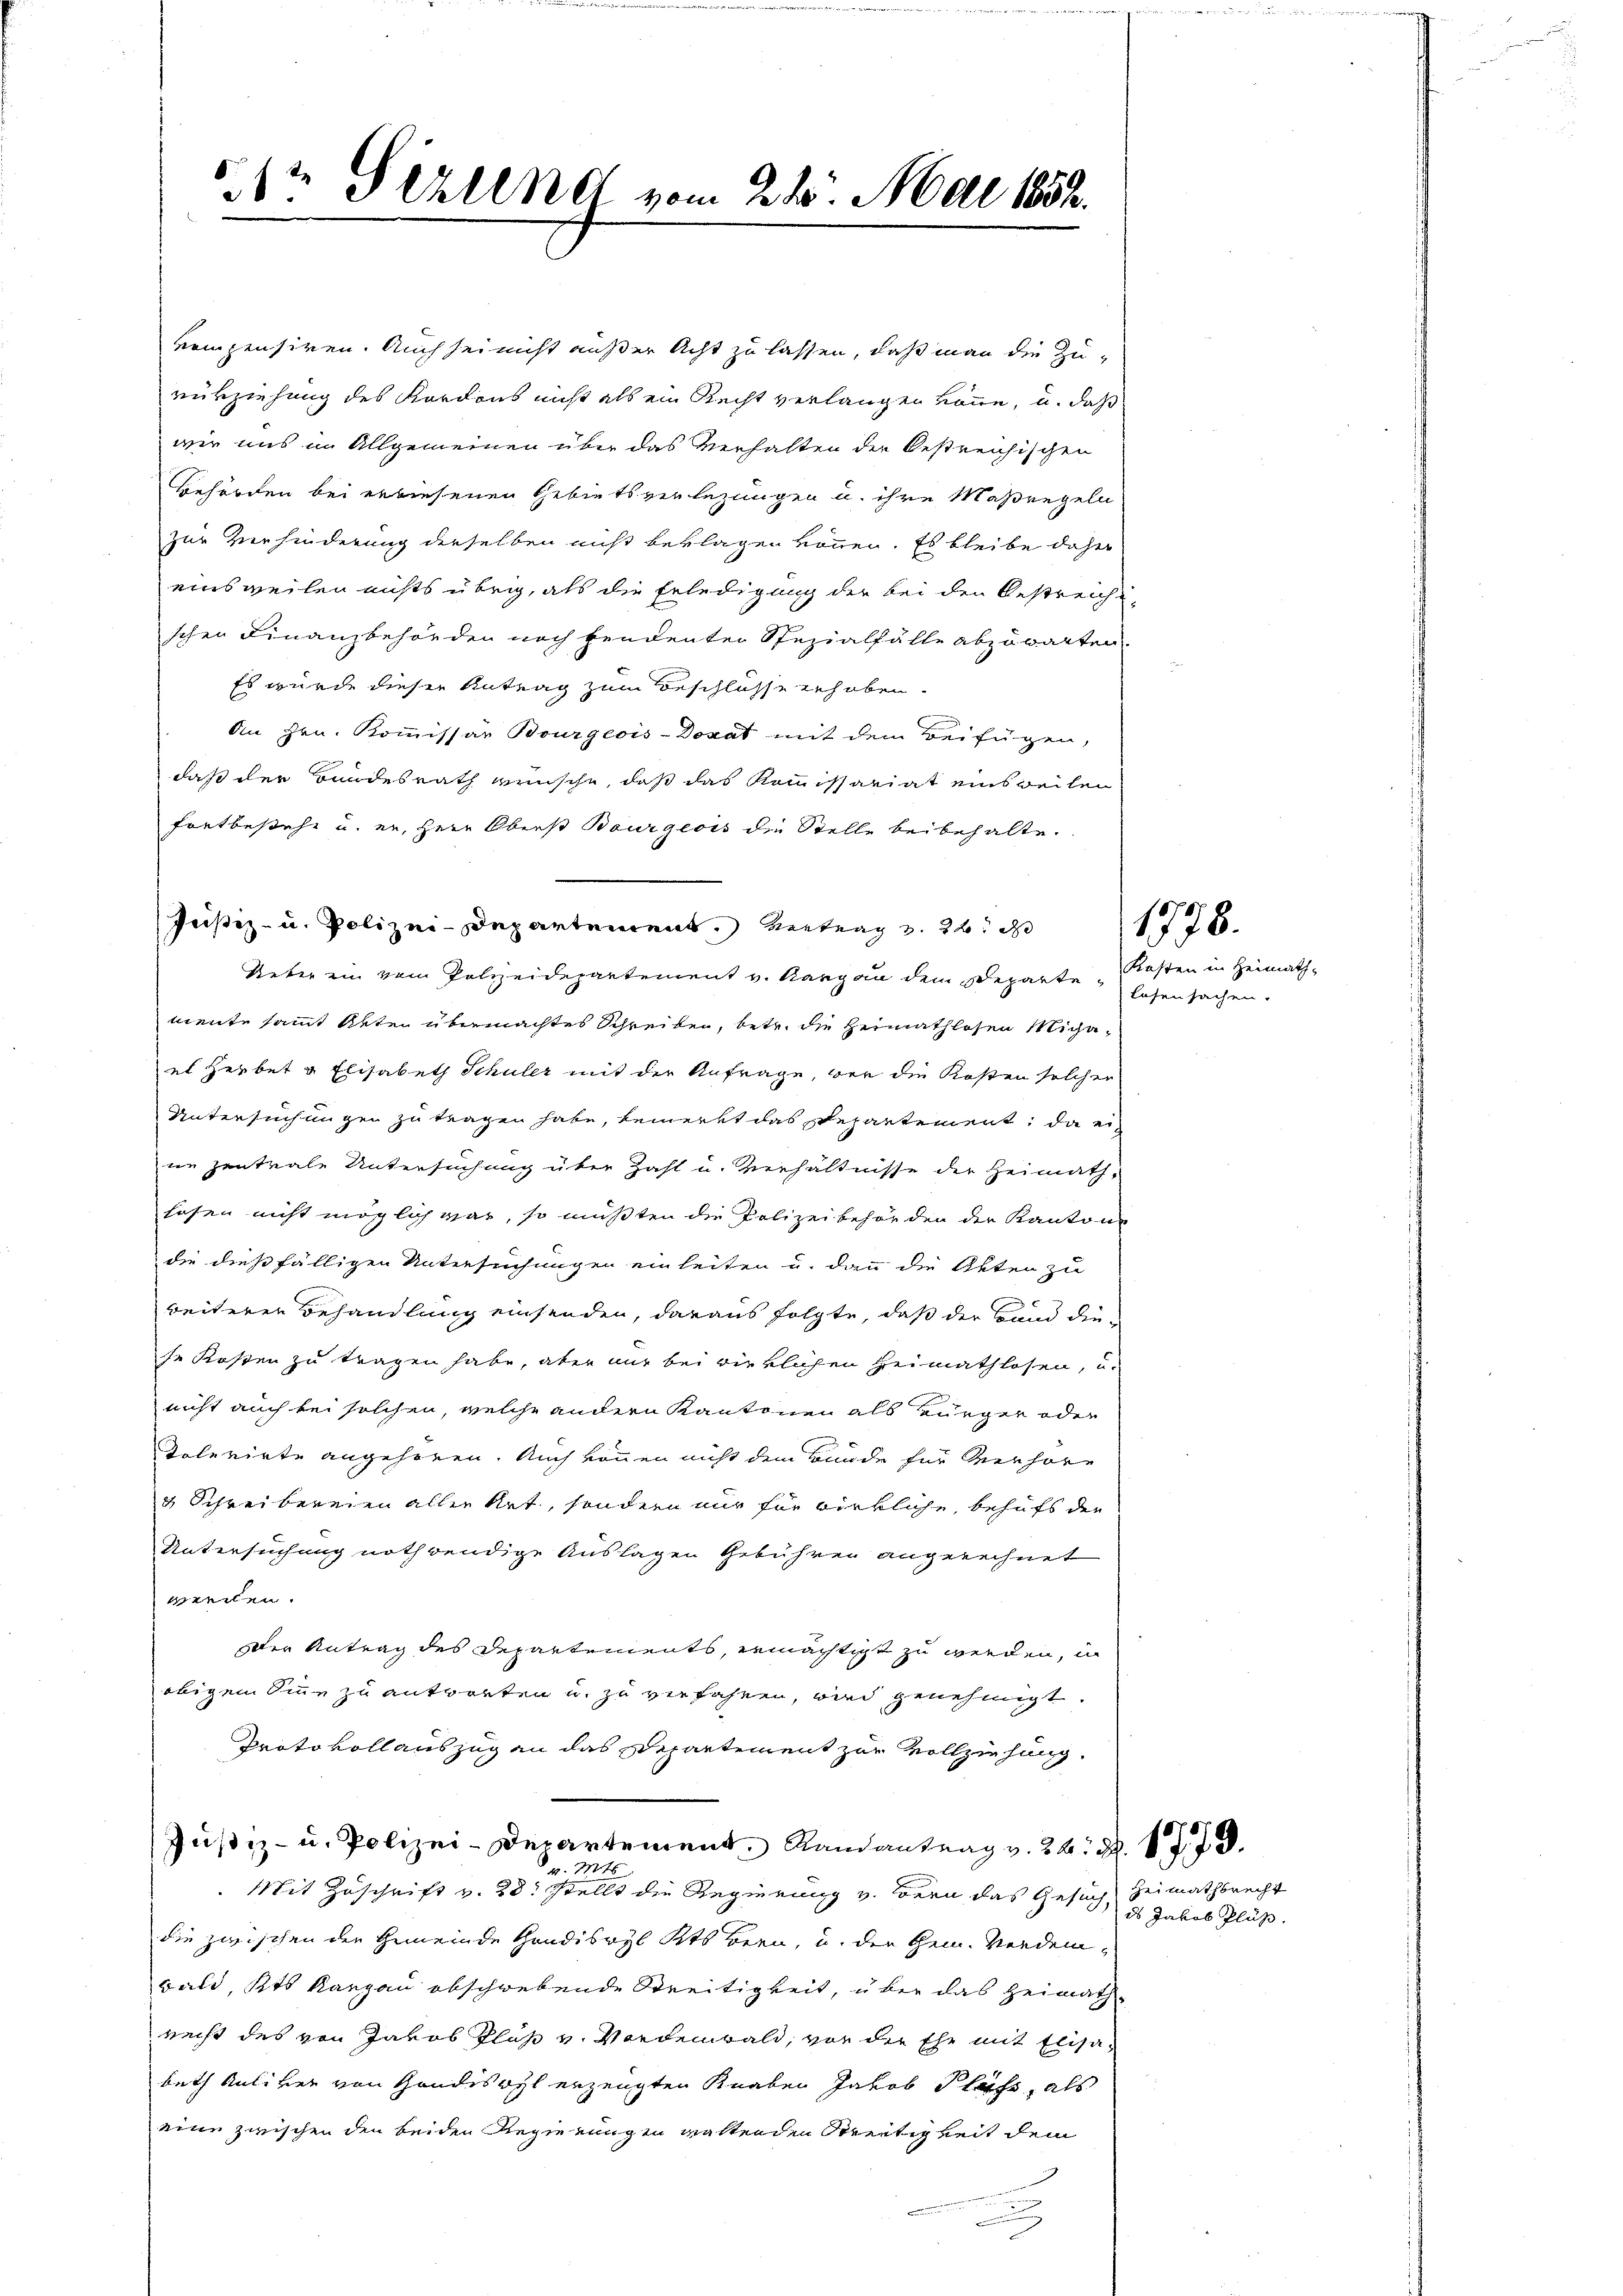
512 Stillet vom 21. Mai 1852.

vompensiren. Auch sei nicht außer Acht zu lassen, daß man die Zurürziehung des Kordons nicht als ein Recht verlangen könne, u. daß
wir uns im Allgemeinen über das Verhalten der bestreichischen
Behörden bei erwiesenen Gebietsverlegungen u. ihre Maßregeln
zur Verhinderung derselben nicht beylagen können. Es bleibe daher
einsweilen nichts übrig, als die Erledigung der bei den Oestreich-
schen Finanzbehörden noch vendenten Spezialfälle abzuwarten
Es wurde dieser Antrag zum Beschlosse erhoben.
An Hrn. Kommissär Bourgeois-Donat mit dem Beifügen,
daß der Bundesrath wünsche, daß das Kommissariat einsweilen
fortbestehe u. er, Herr Oberst Bourgeois die Stelle beibehalte.
Justiz- u. Polizei-Departement. Vertrag v. 26. 1728
Ueter ein vom Polizeidepartement v. Aargau dem separtemente sammt Akten übermachtes Schreiben, betr. die Heimathlosen Michael Herbet & Elisabeth Schuler mit der Anfrage, wer die Kosten solcher
Untersuchungen zu tragen habe, bemerkt das Departement, da ein
ne zentrale Untersuchung über Zahl u. Verhältnisse der Heimath-
hesen nicht möglich war, so mußten die Polizeibehörden der Kanton
die dießfälligen Untersuchungen einleiten u. dann die Akten zu
2
rweiterer Behandlung einsenden, daraus folgte, daß der Band die-
se Kosten zu tragen habe, aber nur bei wirklichen Heimathlosen, u.
nicht auch bei solchen, welche andern Kantonen als Bürger oder
Colevirte angehören. Auch können nicht dem Bunde für Verhöre
3 Schreibereien aller Art, sondern nur für wirkliche, behufs der
Untersuchung nothwendige Auslagen Gebühren angerechnet
weeilen.
der Antrag des Departements, ermächtigt zu werden, in
obigem Sinne zu antworten u. zu verfahren, wird genehmigt.
Protokollauszug an das Departement zur Vollziehung.
Justiz- u. Polizei-Departement Randantrag v. 24. d. 17. 79.
. Mts.
Mit Zuschrift v. 28. Stellt die Regierung v. Bern das Gesuch, Heimathbrecht
die zwischen der Gemeinde Handiswyl Kts Bern, u. der Gem. Vordembald, Kts Kanzen obschwebende Streitigkeit, über das Heimath-
recht des von Jakob Plus v. Vordemwald, von der Ehe mit Elisa
beth Kuliker von Handeswyl erzeugten Knaben Jakob Pless, als
eine zwischen den beiden Regierungen waltenden Streitigkeit dem

Kasten in Heimath-
Lesensachen.

ds Jakob Plus.